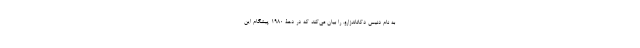
به نام دنیس دکاتاندزارو، را بیان می‌کند که در دهۀ ۱۹۸۰ پیشگامِ این